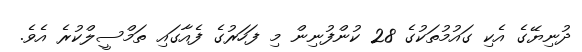
ދުނިޔޭގެ އެކި ގައުމުތަކުގެ 28 ކުންފުނިން މި ފަހަރުގެ ފެއާގައި ތަމްސީލްކުރެ އެވެ.